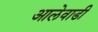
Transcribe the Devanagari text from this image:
आलेवाडी